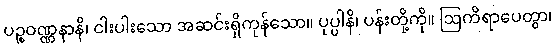
ပဉ္စဝဏ္ဏနာနိ၊ ငါးပါးသော အဆင်းရှိကုန်သော။ ပုပ္ပါနိ၊ ပန်းတို့ကို။ ဩကိရာပေတွာ၊